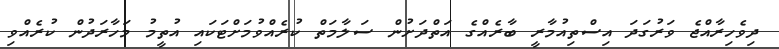
ދިވެހިރާއްޖެ ވަރުގަދަ އިސްތިއުމާރީ ބާރެއްގެ އަތްދަށުން ސަލާމަތް ކުރެއްވުމަށްޓަކައި އުތީމު މަހާރަދުން ކުރެއްވި